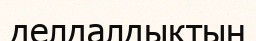
делдалдықтың